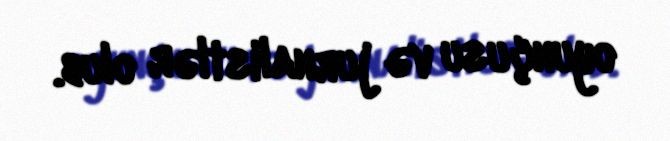
oyunçusu və jurnalistlər olub.